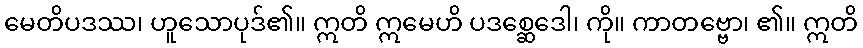
မေတိပဒဿ၊ ဟူသောပုဒ်၏။ ဣတိ ဣမေဟိ ပဒစ္ဆေဒေါ၊ ကို။ ကာတဗ္ဗော၊ ၏။ ဣတိ